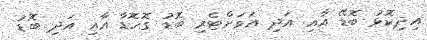
އިދިކޮޅު ބޮޑޭ އާއި އަދި އަވަށްޓެރި ބޮޑު ގޮހޮޑާ އާއި އަދި ބޮޑު